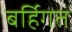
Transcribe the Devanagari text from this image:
बर्हिगत